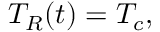
T _ { R } ( t ) = T _ { c } ,